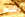
الشرس